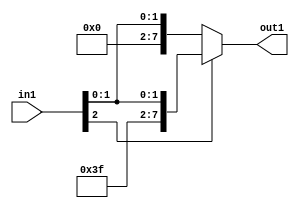
module signext(
    input [2:0]in1,

	 output [7:0]out1
    );
	
	
	 assign out1 = (in1[2])?{{5{in1[2]}},in1}:in1;



endmodule